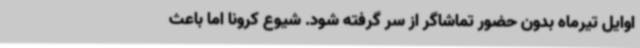
اوایل تیرماه بدون حضور تماشاگر از سر گرفته شود. شیوع کرونا اما باعث